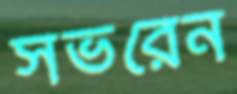
সভরেন